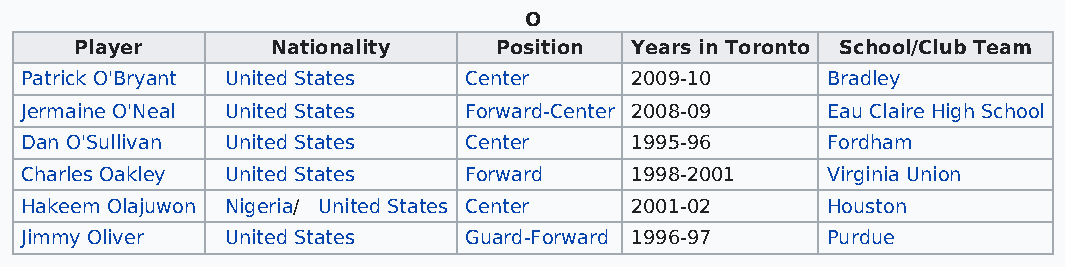
O
 Player       Nationality    Position Years in Toronto School/Club Team
 Patrick O'Bryant United States Center    2009-10      Bradley
 Jermaine O'Neal United States Forward-Center 2008-09  Eau Claire High School
 Dan O'Sullivan United States  Center     1995-96      Fordham
 Charles Oakley United States  Forward    1998-2001    Virginia Union
 Hakeem Olajuwon Nigeria/ United States Center 2001-02 Houston
 Jimmy Oliver  United States   Guard-Forward 1996-97   Purdue